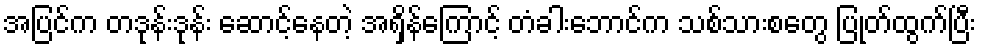
အပြင်က တဒုန်းဒုန်း ဆောင့်နေတဲ့ အရှိန်ကြောင့် တံခါးဘောင်က သစ်သားစတွေ ပြုတ်ထွက်ပြီး